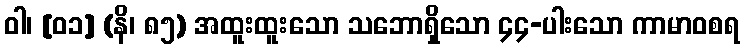
ဝါ၊ [၀၁] (နိ၊ ၈၅) အထူးထူးသော သဘောရှိသော ၄၄-ပါးသော ကာမာဝစရ